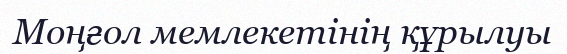
Моңғол мемлекетінің құрылуы